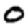
Digit: 0